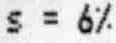
S = 6%